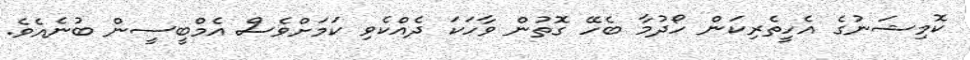
ކޮމިޝަނުގެ އެހީތެރިކަން ހޯދުމާ ބެހޭ ގޮތުން ވާހަކަ ދެއްކެވި ކަމަށްވެސް އެމްބީސީން ބުނެއެވެ.